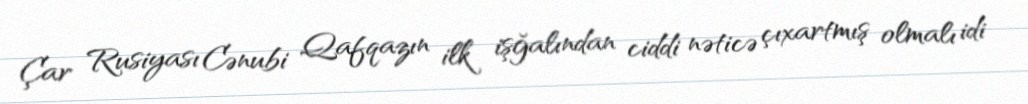
Çar Rusiyası Cənubi Qafqazın ilk işğalından ciddi nəticə çıxartmış olmalı idi